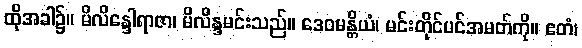
ထိုအခါ၌။ မိလိန္ဒေါရာဇာ၊ မိလိန္ဒမင်းသည်။ ဒေဝမန္တိယံ၊ မင်းတိုင်ပင်အမတ်ကို။ ဧတံ၊